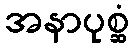
အနာပုစ္ဆံ